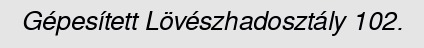
Gépesített Lövészhadosztály 102.